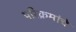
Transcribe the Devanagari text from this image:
परिक्रमांचे